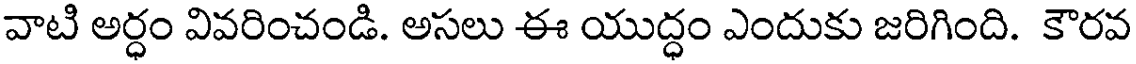
వాటి అర్ధం వివరించండి. అసలు ఈ యుద్ధం ఎందుకు జరిగింది. కౌరవ